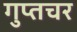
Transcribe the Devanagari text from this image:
गुप्‍तचर